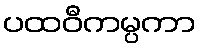
ပထဝီကမ္ပကာ